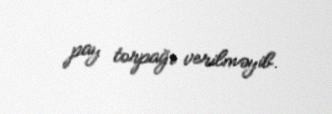
pay torpağı verilməyib.